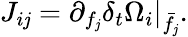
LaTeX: J_{i\mathit{j}}=\partial_{f_{\mathit{j}}}\delta_{t}\Omega_{i}\rvert_{\bar{{f}}_{\mathit{j}}}.